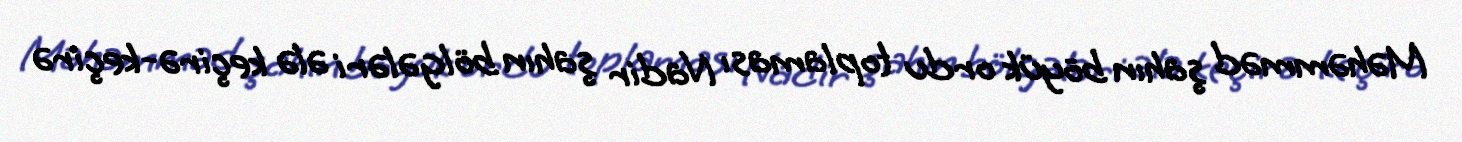
Məhəmməd şahın böyük ordu toplaması Nadir şahın bölgələri ələ keçirə-keçirə